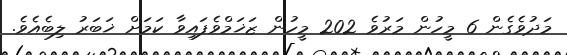
މަދުވެގެން 6 މީހުން މަރުވެ 202 މީހުން ޒަޚަމްވެފައިވާ ކަމަށް ޚަބަރު ލިބެއެވެ.